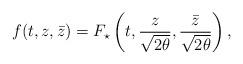
LaTeX: \begin{align*}f(t,z,\bar{z})=F_{\star}\left(t,\frac{z}{\sqrt{2\theta}},\frac{\bar{z}}{\sqrt{2\theta}}\right),\end{align*}